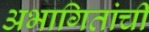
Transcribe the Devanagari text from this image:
अभागितांची